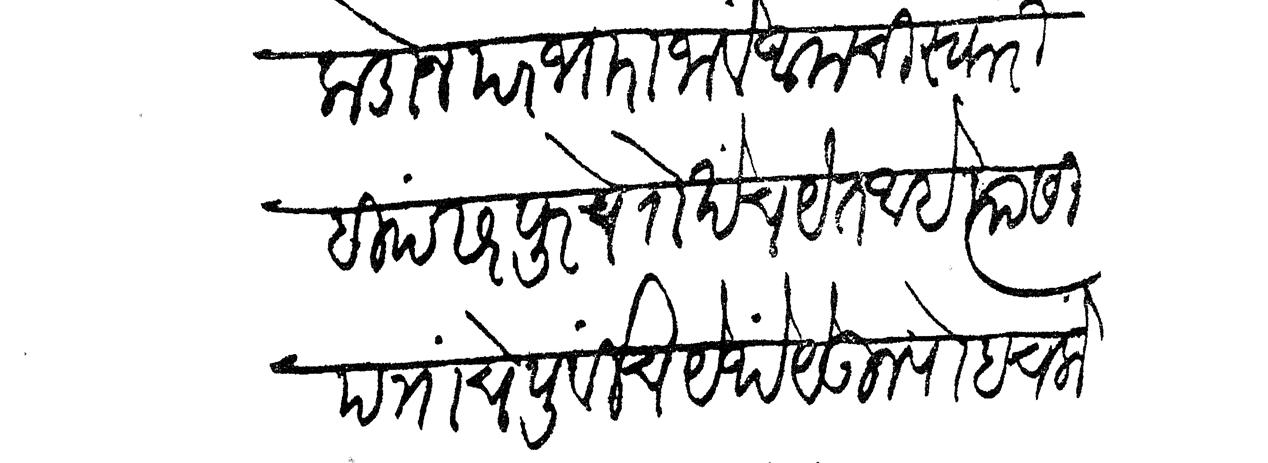
Transliteration (Devanagari): कडोन परभारा जावें आमची स्वारी हि पंढरपूरचे रोखेंच येत आहे त्यासी पत्रांचे पूर्वीच येथे येऊन पोहोचलों